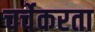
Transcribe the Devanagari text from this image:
चर्चेकरता